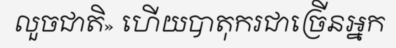
លួចជាតិ» ហើយបាតុករជាច្រើនអ្នក